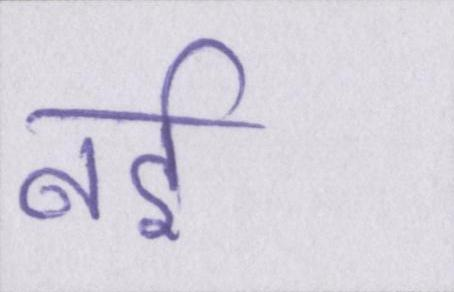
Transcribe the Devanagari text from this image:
नई